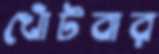
খোঁটবার